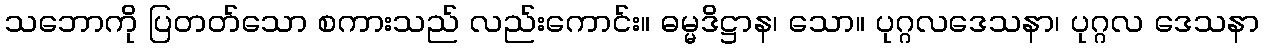
သဘောကို ပြတတ်သော စကားသည် လည်းကောင်း။ ဓမ္မဒိဋ္ဌာန၊ သော။ ပုဂ္ဂလဒေသနာ၊ ပုဂ္ဂလ ဒေသနာ